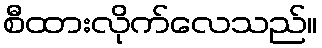
စီထားလိုက်လေသည်။